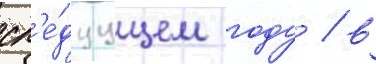
сл'е́дуущем году / в